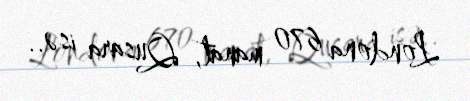
Londona 670 manat, Qusara isə..